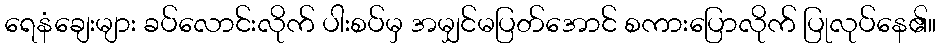
ရေနံချေးများ ခပ်လောင်းလိုက် ပါးစပ်မှ အမျှင်မပြတ်အောင် စကားပြောလိုက် ပြုလုပ်နေ၏။